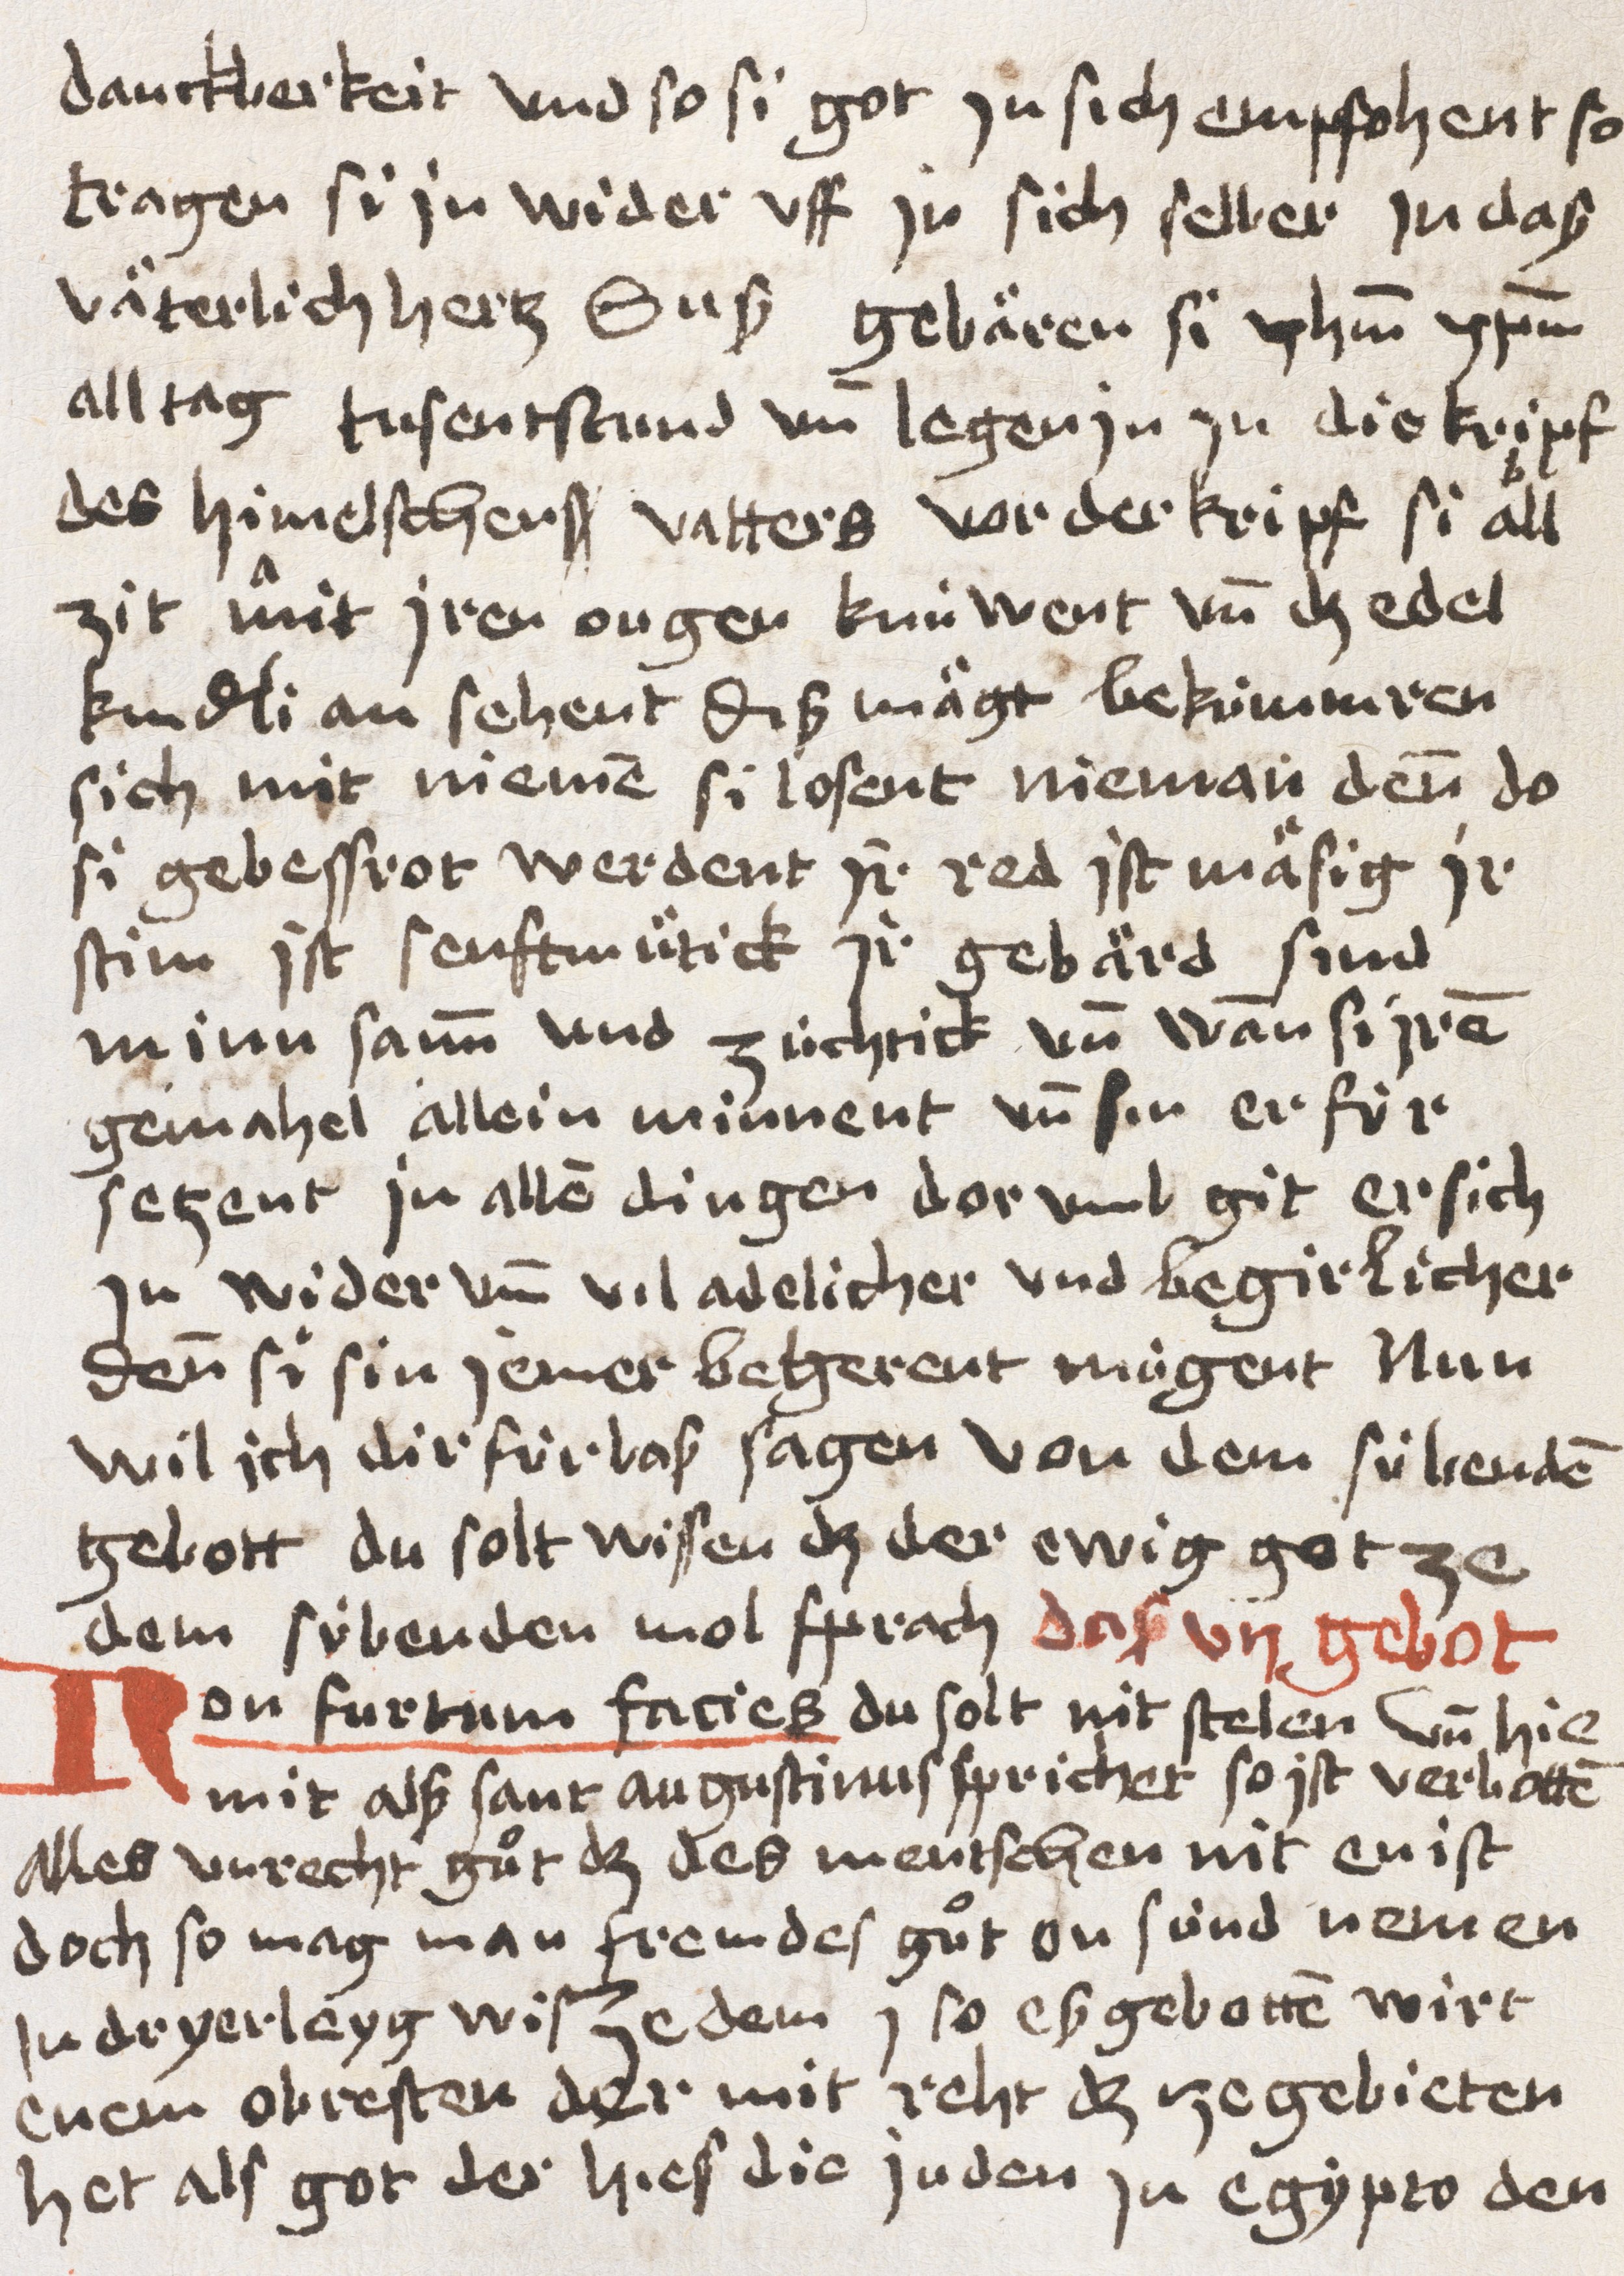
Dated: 1400–1499